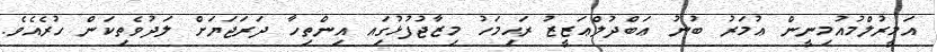
އަމީރުލްމުއުމިނީން ޢުމަރު ބުނު ޢަބްދުލްޢަޒީޒު ރަޙިމަހު މިޒާޖުފުޅުގަިއ އިންތިހާ ދަރަޖަޔަށް ލަދުވެތިކަން ހުރެއެވެ.